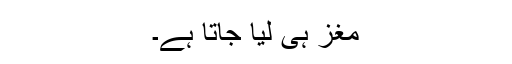
مغز ہی لیا جاتا ہے۔